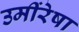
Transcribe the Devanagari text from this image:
उमींरेषा